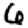
Digit: 6